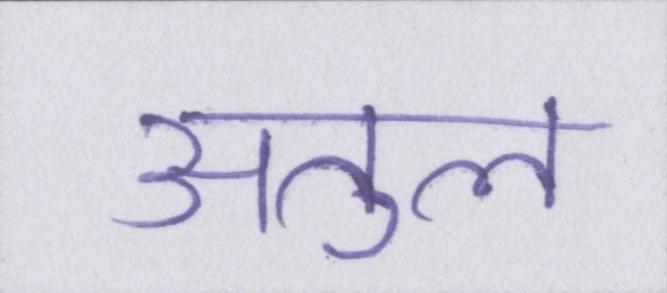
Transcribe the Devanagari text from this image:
अतुल